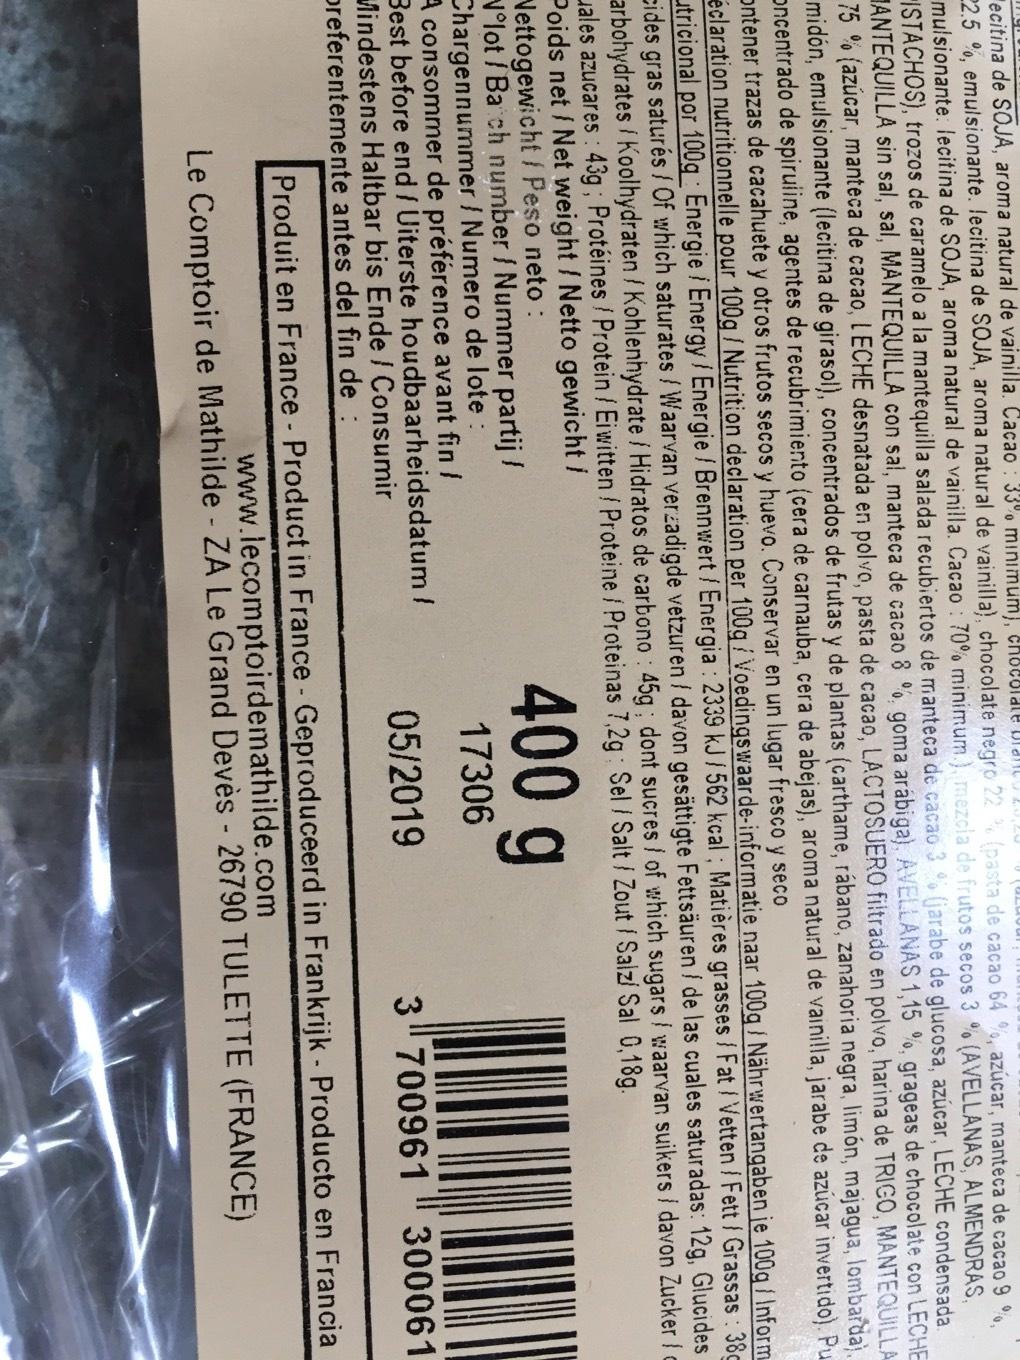
ecitina de SOJA, aroma natural de vainilla. Cacao: 33% minimum), chocolate
22.5%, emulsionante. lecitina de SOJA, aroma natural de vainilla), chocolate negro 22% (pasta de cacao 64 %, azúcar, manteca de cacao 9 %, mulsionante: lecitina de SOJA, aroma natural de vainilla. Cacao: 70% minimum.), mezcla de frutos secos 3 % (AVELLANAS, ALMENDRAS, ISTACHOS), trozos de caramelo a la mantequilla salada recubiertos de manteca de cacao 3 % (jarabe de glucosa, azúcar, LECHE condensada. ANTEQUILLA sin sal, sal, MANTEQUILLA con sal, manteca de cacao 8 % goma arábiga), AVELLANAS 1,15 %, grageas de chocolate con LECHE 75% (azúcar, manteca de cacao, LECHE desnatada en polvo, pasta de cacao, LACTOSUERO filtrado en polvo, harina de TRIGO, MANTEQUILLA midón, emulsionante (lecitina de girasol), concentrados de frutas y de plantas (carthame, rábano, zanahoria negra, limón, majagua, lombarda). Oncentrado de spiruline, agentes de recubrimiento (cera de carnauba, cera de abejas), aroma natural de vainilla, jarabe de azúcar invertido). Pu Ontener trazas de cacahuete y otros frutos secos y huevo. Conservar en un lugar fresco y seco
éclaration nutritionnelle pour 100g / Nutrition declaration per 100g/Voedingswaarde-informatie naar 100g / Nährwertangaben je 100g / Inform utricional por 100g Energie / Energy / Energie / Brennwert / Energia: 2339 kJ / 562 kcal; Matières grasses / Fat / Vetten / Fett / Grassas: 38 cides s gras saturés / Of which saturates / Waarvan verzadigde vetzuren / davon gesättigte Fettsäuren / de las cuales saturadas: 12g, Glucides arbohydrates / Koolhydraten / Kohlenhydrate / Hidratos de carbono: 45g; dont sucres / of which sugars / waarvan suikers / davon Zucker / c ales azucares: 43g; Protéines / Protein / Eiwitten / Proteine / Proteinas 7,2g: Sel / Salt / Zout / Salz/ Sal 0,18g. Poids net / Net weight / Netto gewicht / Nettogewicht / Peso neto:
Nºlot / Batch number / Nummer partij / Chargennummer / Numero de lote :
A consommer de préférence avant fin /
Best before end / Uiterste houdbaarheidsdatum/ Mindestens Haltbar bis Ende / Consumir
preferentemente antes del fin de :
400 g
17306
05/2019
3700961 300061
Produit en France - Product in France - Geproduceerd in Frankrijk - Producto en Francia www.lecomptoirdemathilde.com
Le Comptoir de Mathilde - ZA Le Grand Devès - 26790 TULETTE (FRANCE)